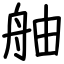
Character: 舳